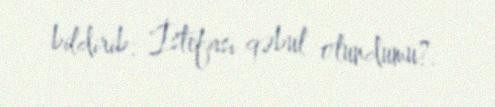
bildirib: "İstefası qəbul olundumu?.